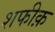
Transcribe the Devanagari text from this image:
शफीक़